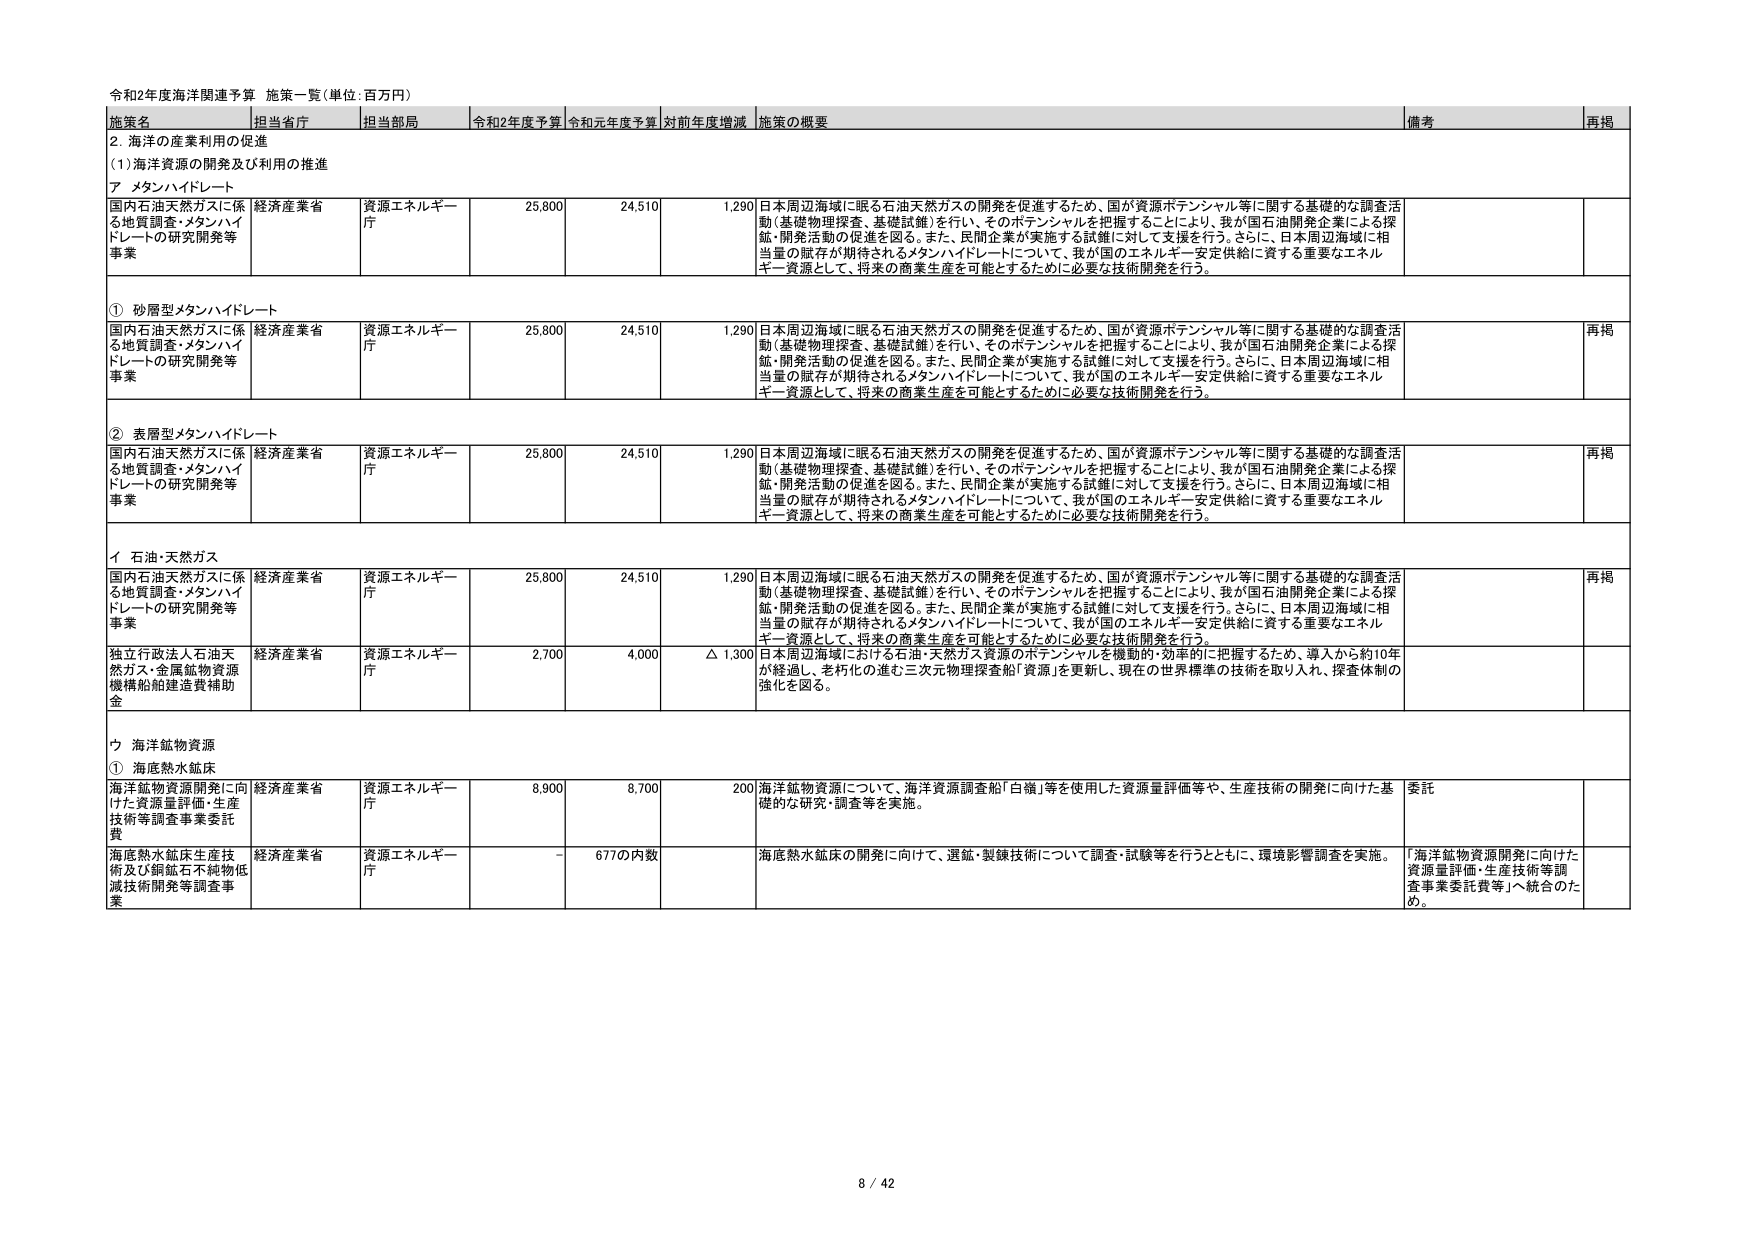
令和2年度海洋関連予算 施策一覧（単位：百万円）

施策名 担当省庁 担当部局 令和2年度予算 令和元年度予算 対前年度増減 施策の概要 備考 再掲

2. 海洋の産業利用の促進
(1) 海洋資源の開発及び利用の推進

ア メタンハイドレート

国内石油天然ガスに係る地質調査・メタンハイドレートの研究開発等事業 経済産業省 資源エネルギー庁 25,800 24,510 1,290 日本周辺海域に眠る石油天然ガスの開発を促進するため、国が資源ポテンシャル等に関する基礎的な調査活動（基礎物理探査、基礎試錐）を行い、そのポテンシャルを把握することにより、我が国石油開発企業による探鉱・開発活動の促進を図る。また、民間企業が実施する試錐に対して支援を行う。さらに、日本周辺海域に相当量の貯存が期待されるメタンハイドレートについて、我が国のエネルギー安定供給に資する重要なエネルギー資源として、将来の商業生産を可能とするために必要な技術開発を行う。

① 砂層型メタンハイドレート

国内石油天然ガスに係る地質調査・メタンハイドレートの研究開発等事業 経済産業省 資源エネルギー庁 25,800 24,510 1,290 日本周辺海域に眠る石油天然ガスの開発を促進するため、国が資源ポテンシャル等に関する基礎的な調査活動（基礎物理探査、基礎試錐）を行い、そのポテンシャルを把握することにより、我が国石油開発企業による探鉱・開発活動の促進を図る。また、民間企業が実施する試錐に対して支援を行う。さらに、日本周辺海域に相当量の貯存が期待されるメタンハイドレートについて、我が国のエネルギー安定供給に資する重要なエネルギー資源として、将来の商業生産を可能とするために必要な技術開発を行う。 再掲

② 表層型メタンハイドレート

国内石油天然ガスに係る地質調査・メタンハイドレートの研究開発等事業 経済産業省 資源エネルギー庁 25,800 24,510 1,290 日本周辺海域に眠る石油天然ガスの開発を促進するため、国が資源ポテンシャル等に関する基礎的な調査活動（基礎物理探査、基礎試錐）を行い、そのポテンシャルを把握することにより、我が国石油開発企業による探鉱・開発活動の促進を図る。また、民間企業が実施する試錐に対して支援を行う。さらに、日本周辺海域に相当量の貯存が期待されるメタンハイドレートについて、我が国のエネルギー安定供給に資する重要なエネルギー資源として、将来の商業生産を可能とするために必要な技術開発を行う。 再掲

イ 石油・天然ガス

国内石油天然ガスに係る地質調査・メタンハイドレートの研究開発等事業 経済産業省 資源エネルギー庁 25,800 24,510 1,290 日本周辺海域に眠る石油天然ガスの開発を促進するため、国が資源ポテンシャル等に関する基礎的な調査活動（基礎物理探査、基礎試錐）を行い、そのポテンシャルを把握することにより、我が国石油開発企業による探鉱・開発活動の促進を図る。また、民間企業が実施する試錐に対して支援を行う。さらに、日本周辺海域に相当量の貯存が期待されるメタンハイドレートについて、我が国のエネルギー安定供給に資する重要なエネルギー資源として、将来の商業生産を可能とするために必要な技術開発を行う。 再掲

独立行政法人石油天然ガス・金属鉱物資源機構船舶建造費補助金 経済産業省 資源エネルギー庁 2,700 4,000 △ 1,300 日本周辺海域における石油・天然ガス資源のポテンシャルを機動的・効率的に把握するため、導入から約10年が経過し、老朽化の進む三次元物理探査船「資源」を更新し、現在の世界標準の技術を取り入れ、探査体制の強化を図る。

ウ 海洋鉱物資源

① 海底熱水鉱床

海洋鉱物資源開発に向けた資源量評価・生産技術等調査事業委託費 経済産業省 資源エネルギー庁 8,900 8,700 200 海洋鉱物資源について、海洋資源調査船「白嶺」等を使用した資源量評価等や、生産技術の開発に向けた基礎的な研究・調査等を実施。 委託

海底熱水鉱床生産技術及び銅鉱石不純物低減技術開発等調査事業 経済産業省 資源エネルギー庁 - 677の内数 海底熱水鉱床の開発に向けて、選鉱・製錬技術について調査・試験等を行うとともに、環境影響調査を実施。 「海洋鉱物資源開発に向けた資源量評価・生産技術等調査事業委託費等」へ統合のため。

8 / 42